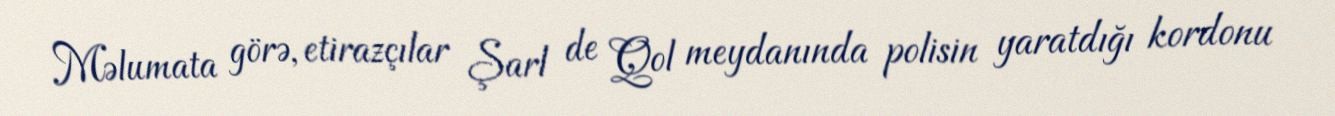
Məlumata görə, etirazçılar Şarl de Qol meydanında polisin yaratdığı kordonu